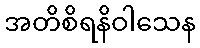
အတိစိရနိဝါသေန